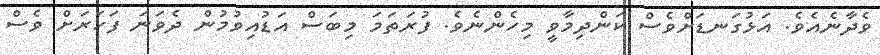
ވެދާނެއެވެ. އަޅުގަނޑަށްވެސް ކަންދިމާވީ މިހެންނެވެ. ފުރަތަމަ މިބަސް އަޑުއިވުމުން ދެވަނަ ފަހަރަށް ވެސް